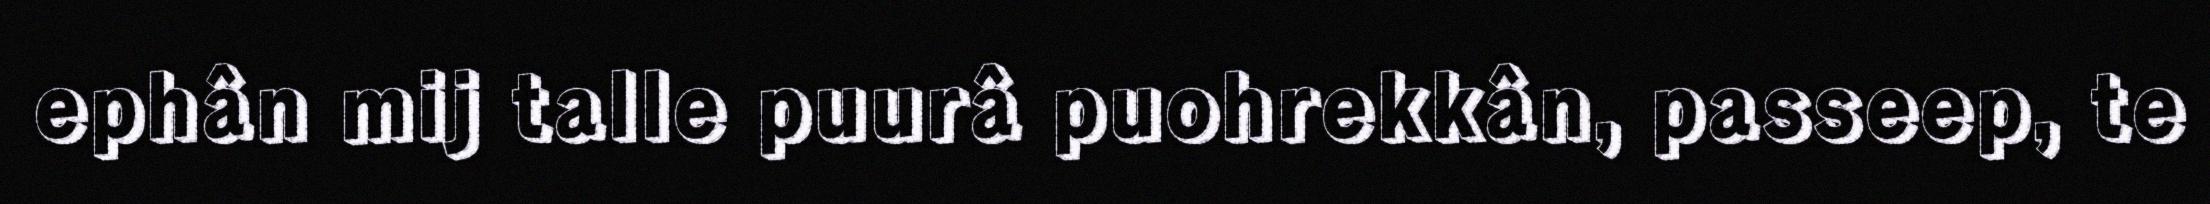
ephân mij talle puurâ puohrekkân, passeep, te